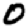
Digit: 0